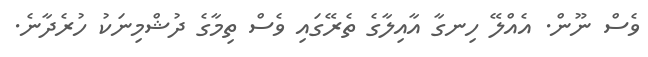
ވެސް ނޫން. އެއްލޭ ހިނގާ އާއިލާގެ ތެރޭގައި ވެސް ތިމާގެ ދުޝްމިނަކު ހުރެދާނެ.